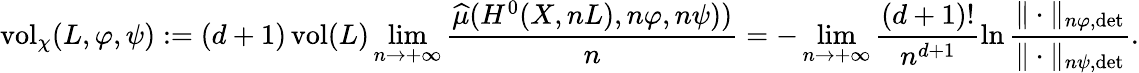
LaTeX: \begin{array}{r}{\operatorname{vol}_{\chi}(L,\varphi,\psi):=\displaystyle(d+1)\operatorname{vol}(L)\operatorname*{lim}_{n\to+\infty}\frac{\widehat{\mu}(H^{0}(X,nL),n\varphi,n\psi))}{n}=-\operatorname*{lim}_{n\to+\infty}\frac{(d+1)!}{n^{d+1}}\ln\frac{\| \cdot\| _{n\varphi,\operatorname*{det}}}{\| \cdot\| _{n\psi,\operatorname*{det}}}.}\end{array}